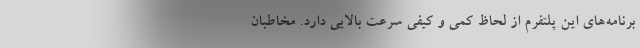
برنامه‌های این پلتفرم از لحاظ کمی و کیفی سرعت بالایی دارد. مخاطبان